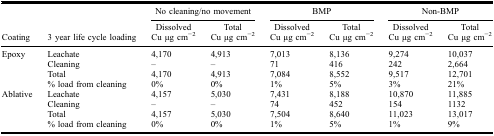
<table><thead><tr><td></td><td></td><td colspan="2"><b>No cleaning/no movement</b></td><td colspan="2"><b>BMP</b></td><td colspan="2"><b>Non-BMP</b></td></tr><tr><td><b>Coating</b></td><td><b>3 year life cycle loading</b></td><td><b>Dissolved Cu μg cm<sup>−2</sup></b></td><td><b>Total Cu μg cm<sup>−2</sup></b></td><td><b>Dissolved Cu μg cm<sup>−2</sup></b></td><td><b>Total Cu μg cm<sup>−2</sup></b></td><td><b>Dissolved Cu μg cm<sup>−2</sup></b></td><td><b>Total Cu μg cm<sup>−2</sup></b></td></tr></thead><tbody><tr><td>Epoxy</td><td>Leachate</td><td>4,170</td><td>4,913</td><td>7,013</td><td>8,136</td><td>9,274</td><td>10,037</td></tr><tr><td></td><td>Cleaning</td><td>–</td><td>–</td><td>71</td><td>416</td><td>242</td><td>2,664</td></tr><tr><td></td><td>Total</td><td>4,170</td><td>4,913</td><td>7,084</td><td>8,552</td><td>9,517</td><td>12,701</td></tr><tr><td></td><td>% load from cleaning</td><td>0%</td><td>0%</td><td>1%</td><td>5%</td><td>3%</td><td>21%</td></tr><tr><td>Ablative</td><td>Leachate</td><td>4,157</td><td>5,030</td><td>7,431</td><td>8,188</td><td>10,870</td><td>11,885</td></tr><tr><td></td><td>Cleaning</td><td>–</td><td>–</td><td>74</td><td>452</td><td>154</td><td>1132</td></tr><tr><td></td><td>Total</td><td>4,157</td><td>5,030</td><td>7,504</td><td>8,640</td><td>11,023</td><td>13,017</td></tr><tr><td></td><td>% load from cleaning</td><td>0%</td><td>0%</td><td>1%</td><td>5%</td><td>1%</td><td>9%</td></tr></tbody></table>